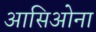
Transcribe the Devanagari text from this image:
आसिओना